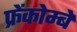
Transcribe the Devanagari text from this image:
फ्रेंकोम्बे